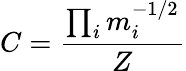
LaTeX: C=\frac{\prod_{i}m_{i}^{-1/2}}{Z}